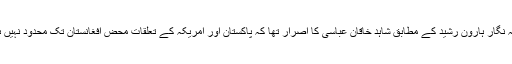
نامہ نگار ہارون رشید کے مطابق شاہد خاقان عباسی کا اصرار تھا کہ پاکستان اور امریکہ کے تعلقات محض افغانستان تک محدود نہیں ہیں۔